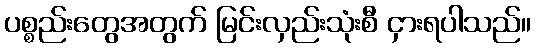
ပစ္စည်းတွေအတွက် မြင်းလှည်းသုံးစီ ငှားရပါသည်။